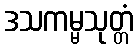
ဒသကမ္မသုတ္တံ